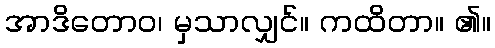
အာဒိတောဝ၊ မှသာလျှင်။ ကထိတာ။ ၏။